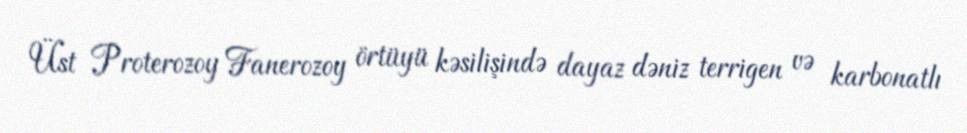
Üst Proterozoy Fanerozoy örtüyü kəsilişində dayaz dəniz terrigen və karbonatlı